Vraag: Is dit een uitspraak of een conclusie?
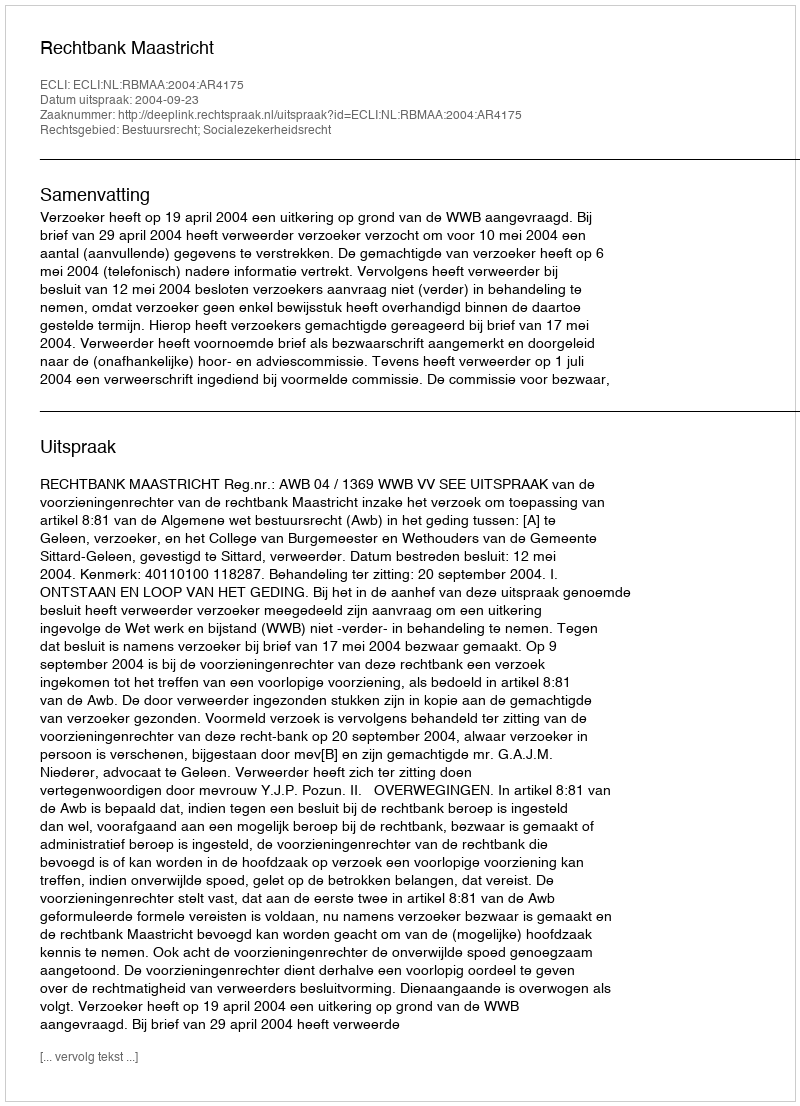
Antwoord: Uitspraak